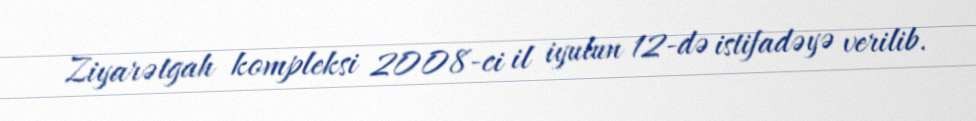
Ziyarətgah kompleksi 2008-ci il iyulun 12-də istifadəyə verilib.